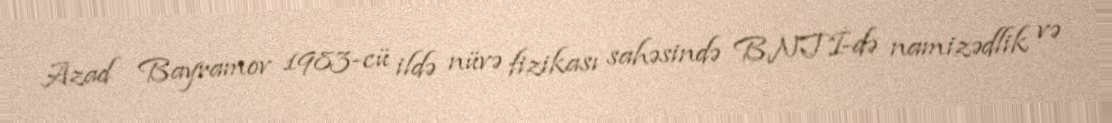
Azad Bayramov 1983-cü ildə nüvə fizikası sahəsində BNTİ-də namizədlik və